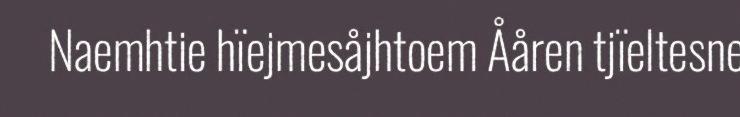
Naemhtie hïejmesåjhtoem Ååren tjïeltesne